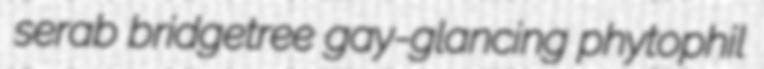
serab bridgetree gay-glancing phytophil